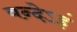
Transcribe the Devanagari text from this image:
वन्देऽहं